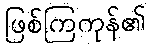
ဖြစ်ကြကုန်၏